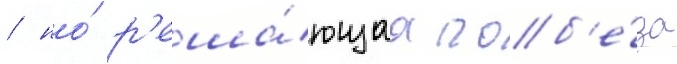
/ но́ р'еша́ющаа поб'е́да